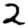
Digit: 2